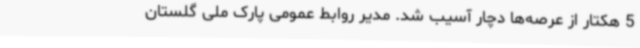
5 هکتار از عرصه‌ها دچار آسیب شد. مدیر روابط عمومی پارک ملی گلستان